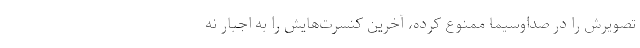
تصویرش را در صداوسیما ممنوع کرده، آخرین کنسرت‌هایش را به اجبار نه